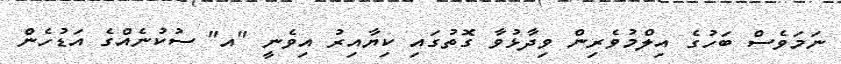
ނަމަވެސް ބަހުގެ އިލްމުވެރިން ވިދާޅުވާ ގޮތުގައި ކިޔާއިރު އިވެނީ "އ" ސުކުނެއްގެ އަޑުހެން